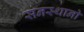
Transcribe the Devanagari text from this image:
सनस्थानो